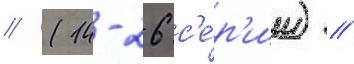
// (14-26 с'е́р'ии) //